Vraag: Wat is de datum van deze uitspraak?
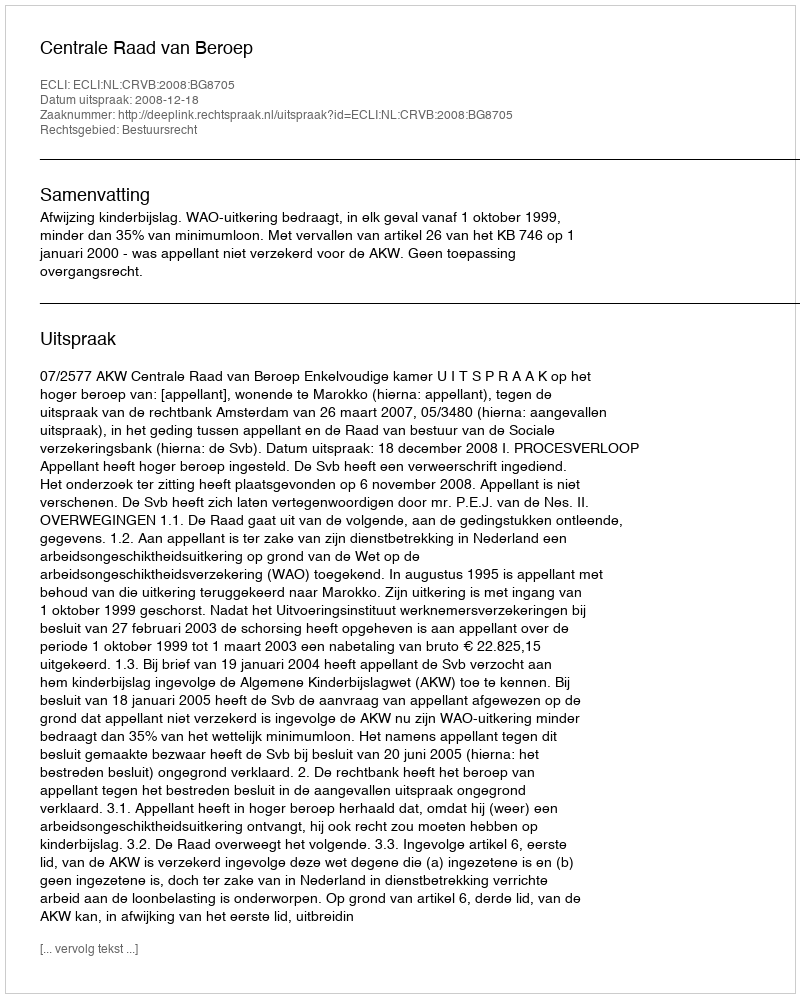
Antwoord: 2008-12-18